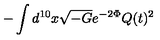
- \int d ^ { 1 0 } x \sqrt { - G } e ^ { - 2 \Phi } Q ( t ) ^ { 2 }